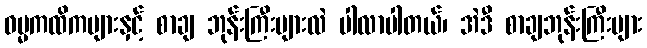
ဓမ္မကထိကများနှင့် စာချ ဘုန်းကြီးများလဲ ပါလာပါတယ်၊ အဲဒီ စာချဘုန်းကြီးများ